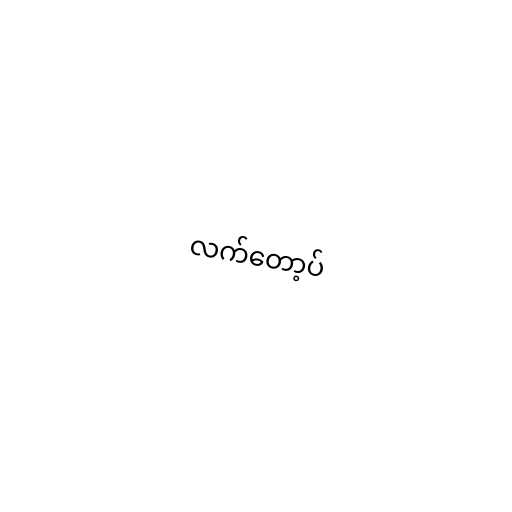
လက်တော့ပ်